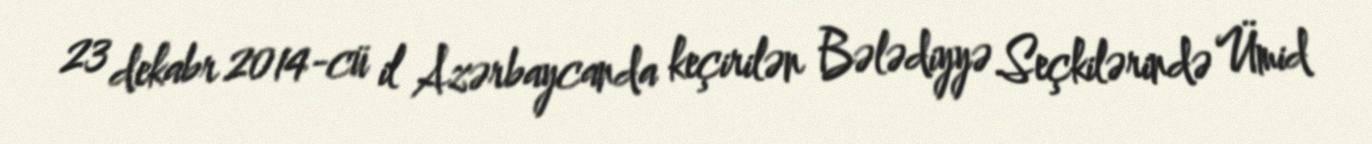
23 dekabr 2014-cü il Azərbaycanda keçirilən Bələdiyyə Seçkilərində Ümid